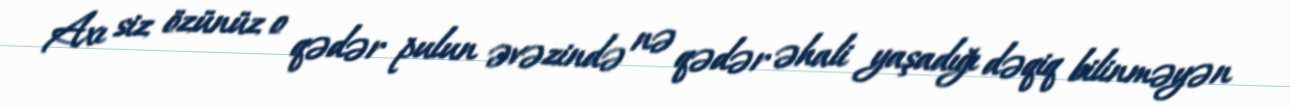
Axı siz özünüz o qədər pulun əvəzində nə qədər əhali yaşadığı dəqiq bilinməyən